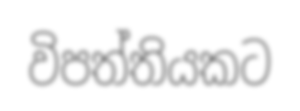
විපත්තියකට